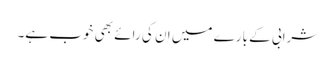
شرابی کے بارے میں ان کی رائے بھی خوب ہے۔